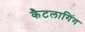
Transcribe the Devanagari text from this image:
कैटलागिंग